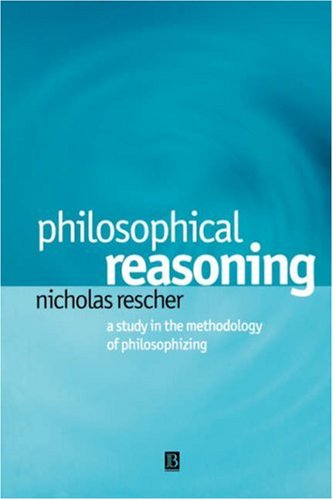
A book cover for Philosophical Reasoning: A Study in the Methodology of Philosophizing; Nicholas Rescher; Politics & Social Sciences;